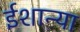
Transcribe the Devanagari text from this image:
ईशान्या